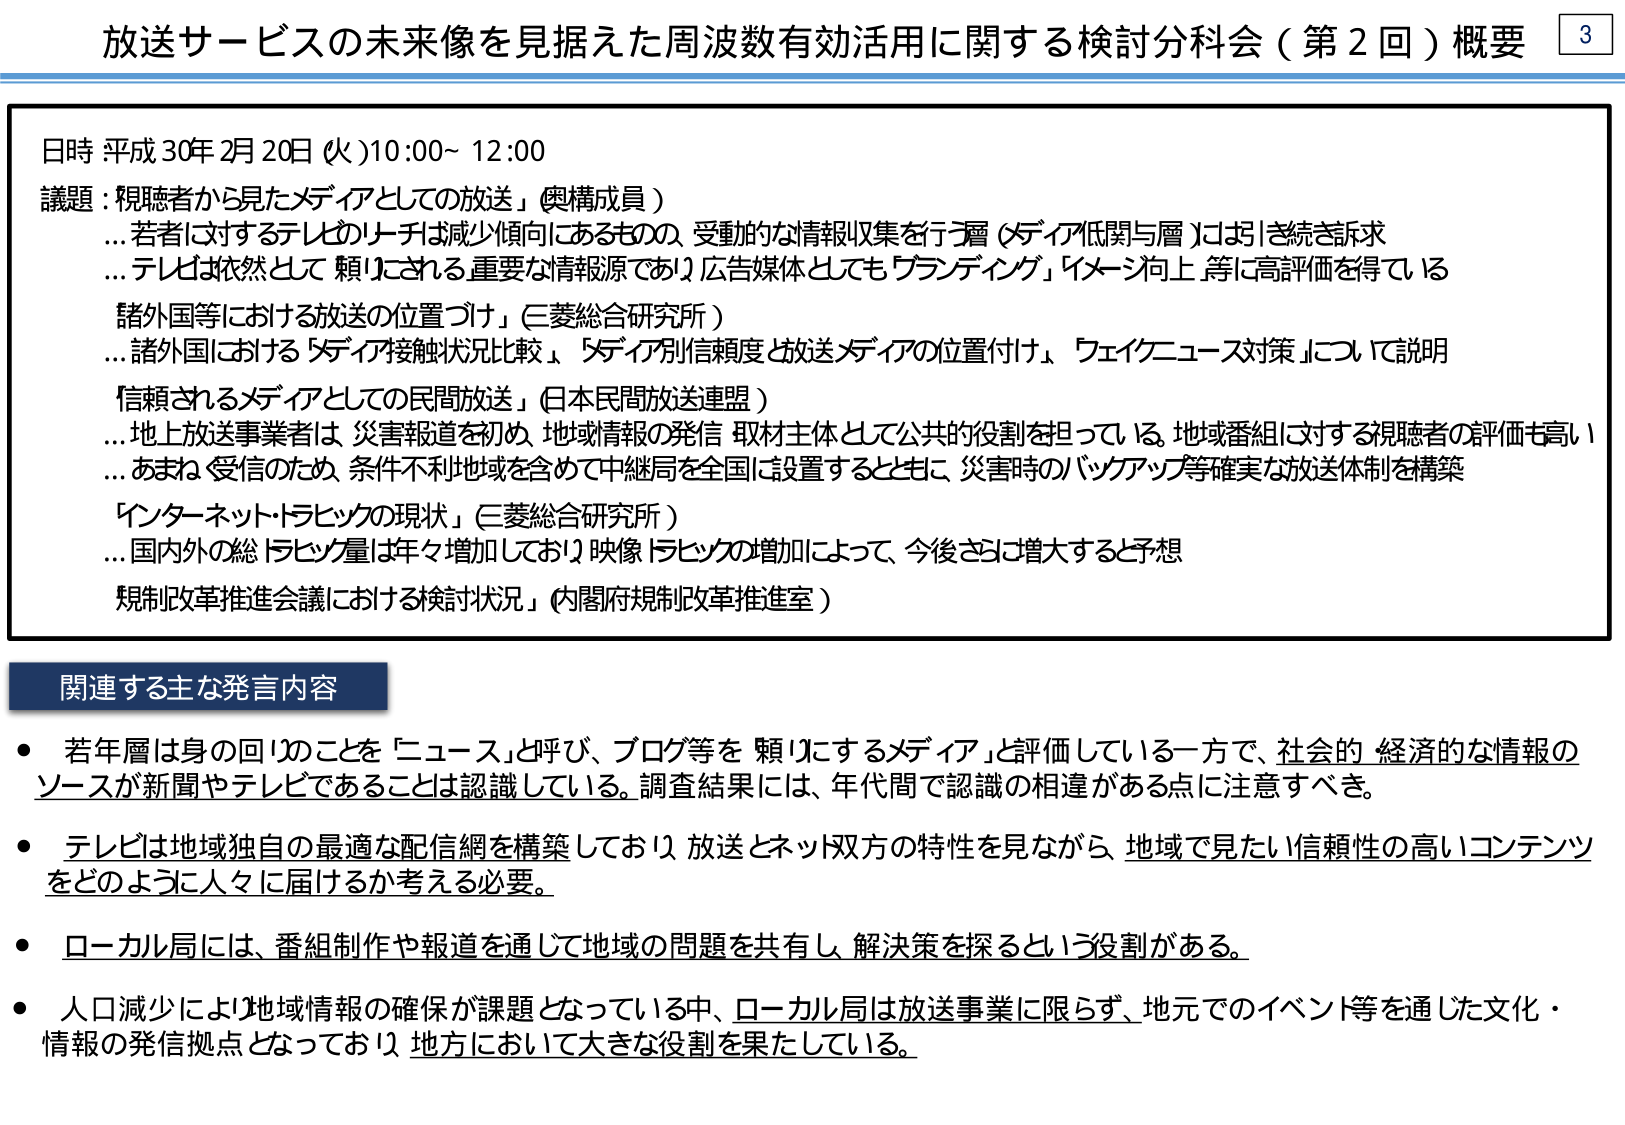
放送サービスの未来像を見据えた周波数有効活用に関する検討分科会（第2回）概要

日時 平成30年2月20日（火）10:00～12:00
議題：「視聴者から見たメディアとしての放送」（奥構成員）
…若者に対するテレビのリーチは減少傾向にあるものの、受動的な情報収集を行う層（メディア低関与層）には引き続き訴求
…テレビは依然として頼りにされる重要な情報源であり、広告媒体としても「ブランディング」「イメージ向上」等に高評価を得ている

「諸外国等における放送の位置づけ」（三菱総合研究所）
…諸外国における「メディア接触状況比較」、「メディア別信頼度と放送メディアの位置付け」、「フェイクニュース対策」について説明

「信頼されるメディアとしての民間放送」（日本民間放送連盟）
…地上放送事業者は、災害報道を初め、地域情報の発信・取材主体として公共的役割を担っている。地域番組に対する視聴者の評価も高い
…あまねく受信のため、条件不利地域を含めて中継局を全国に設置するとともに、災害時のバックアップ等確実な放送体制を構築

「インターネットトラフィックの現状」（三菱総合研究所）
…国内外の総トラフィック量は年々増加しており、映像トラフィックの増加によって、今後さらに増大すると予想

「規制改革推進会議における検討状況」（内閣府規制改革推進室）

関連する主な発言内容
・若年層は身の回りのことを「ニュース」と呼び、ブログ等を頼りにするメディア」と評価している一方で、社会的・経済的な情報のソースが新聞やテレビであることは認識している。調査結果には、年代間で認識の相違がある点に注意すべき。
・テレビは地域独自の最適な配信網を構築しており、放送とネット双方の特性を見ながら、地域で見たい信頼性の高いコンテンツをどのように人々に届けるか考える必要。
・ローカル局には、番組制作や報道を通じて地域の問題を共有し、解決策を探るという役割がある。
・人口減少により地域情報の確保が課題となっている中、ローカル局は放送事業に限らず、地元でのイベント等を通じた文化・情報の発信拠点となっており、地方において大きな役割を果たしている。